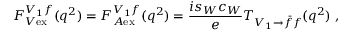
F _ { V { \mathrm { e x } } } ^ { V _ { 1 } f } ( q ^ { 2 } ) = F _ { A { \mathrm { e x } } } ^ { V _ { 1 } f } ( q ^ { 2 } ) = \frac { i s _ { W } c _ { W } } { e } T _ { V _ { 1 } \rightarrow \bar { f } f } ( q ^ { 2 } ) \; ,